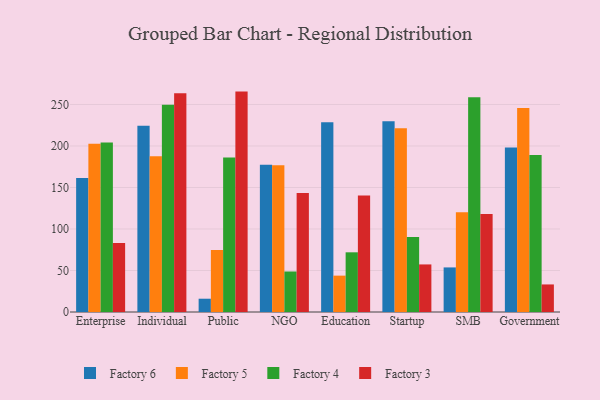
{"axis": {"x": "Segment", "y": "Gross Profit (USD K)"}, "legend": ["Factory 3", "Factory 4", "Factory 5", "Factory 6"], "data": [{"x": "Enterprise", "y": 161.3, "type": "Factory 6"}, {"x": "Enterprise", "y": 202.6, "type": "Factory 5"}, {"x": "Enterprise", "y": 204.3, "type": "Factory 4"}, {"x": "Enterprise", "y": 83.0, "type": "Factory 3"}, {"x": "Individual", "y": 224.3, "type": "Factory 6"}, {"x": "Individual", "y": 187.7, "type": "Factory 5"}, {"x": "Individual", "y": 249.8, "type": "Factory 4"}, {"x": "Individual", "y": 263.4, "type": "Factory 3"}, {"x": "Public", "y": 16.0, "type": "Factory 6"}, {"x": "Public", "y": 74.7, "type": "Factory 5"}, {"x": "Public", "y": 186.1, "type": "Factory 4"}, {"x": "Public", "y": 265.5, "type": "Factory 3"}, {"x": "NGO", "y": 177.4, "type": "Factory 6"}, {"x": "NGO", "y": 176.8, "type": "Factory 5"}, {"x": "NGO", "y": 48.8, "type": "Factory 4"}, {"x": "NGO", "y": 143.3, "type": "Factory 3"}, {"x": "Education", "y": 228.7, "type": "Factory 6"}, {"x": "Education", "y": 43.8, "type": "Factory 5"}, {"x": "Education", "y": 71.9, "type": "Factory 4"}, {"x": "Education", "y": 140.2, "type": "Factory 3"}, {"x": "Startup", "y": 229.9, "type": "Factory 6"}, {"x": "Startup", "y": 221.2, "type": "Factory 5"}, {"x": "Startup", "y": 90.2, "type": "Factory 4"}, {"x": "Startup", "y": 57.3, "type": "Factory 3"}, {"x": "SMB", "y": 53.7, "type": "Factory 6"}, {"x": "SMB", "y": 120.3, "type": "Factory 5"}, {"x": "SMB", "y": 258.7, "type": "Factory 4"}, {"x": "SMB", "y": 118.1, "type": "Factory 3"}, {"x": "Government", "y": 198.3, "type": "Factory 6"}, {"x": "Government", "y": 245.8, "type": "Factory 5"}, {"x": "Government", "y": 189.2, "type": "Factory 4"}, {"x": "Government", "y": 33.2, "type": "Factory 3"}]}